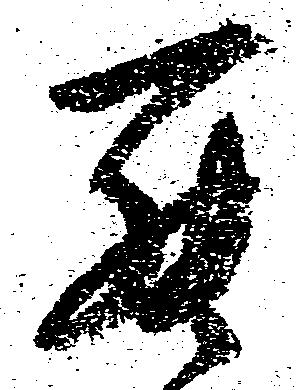
罷